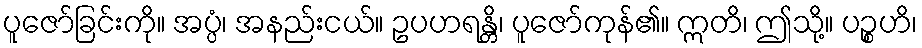
ပူဇော်ခြင်းကို။ အပ္ပံ၊ အနည်းငယ်။ ဥပဟရန္တိ၊ ပူဇော်ကုန်၏။ ဣတိ၊ ဤသို့။ ပဉ္စဟိ၊